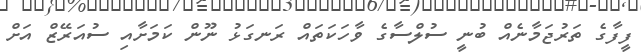
ފީފާގެ ތަރުޖަމާނެއް ބުނީ ސުލްސާގެ ވާހަކަތައް ރަނގަޅު ނޫން ކަމަށާއި ސުއަރޭޒް އަށް